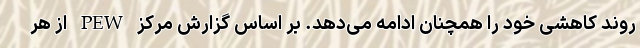
روند کاهشی خود را همچنان ادامه می‌دهد. بر اساس گزارش مرکز PEW از هر